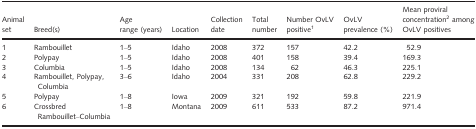
| Animal set | Breed(s) | Age range (years) | Location | Collection date | Total number | Number OvLV positive1 | OvLV prevalence (%) | Mean proviral concentration2 among OvLV positives |
 | --- | --- | --- | --- | --- | --- | --- | --- | --- |
 | 1 | Rambouillet | 1–5 | Idaho | 2008 | 372 | 157 | 42.2 | 52.9 |
 | 2 | Polypay | 1–5 | Idaho | 2008 | 401 | 158 | 39.4 | 169.3 |
 | 3 | Columbia | 1–5 | Idaho | 2008 | 134 | 62 | 46.3 | 225.1 |
 | 4 | Rambouillet, Polypay, Columbia | 3–6 | Idaho | 2004 | 331 | 208 | 62.8 | 229.2 |
 | 5 | Polypay | 1–8 | Iowa | 2009 | 321 | 192 | 59.8 | 221.9 |
 | 6 | Crossbred Rambouillet–Columbia | 1–8 | Montana | 2009 | 611 | 533 | 87.2 | 971.4 |